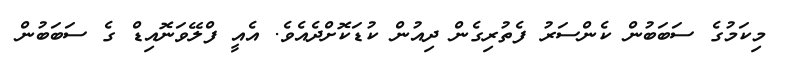
މިކަމުގެ ސަބަބުން ކެންސަރު ފެތުރިގެން ދިއުން ކުޑަކޮށްދެއެވެ. އެއީ ފްލޭވަނޮއިޑް ގެ ސަބަބުން